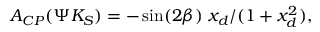
{ \cal A } _ { C P } ( \Psi K _ { S } ) = - \sin ( 2 \beta ) \ x _ { d } / ( 1 + x _ { d } ^ { 2 } ) ,